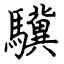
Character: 驥